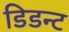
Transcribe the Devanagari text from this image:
डिडन्‍ट